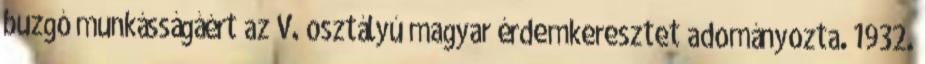
buzgó munkásságáért az V. osztályú magyar érdemkeresztet adományozta. 1932.